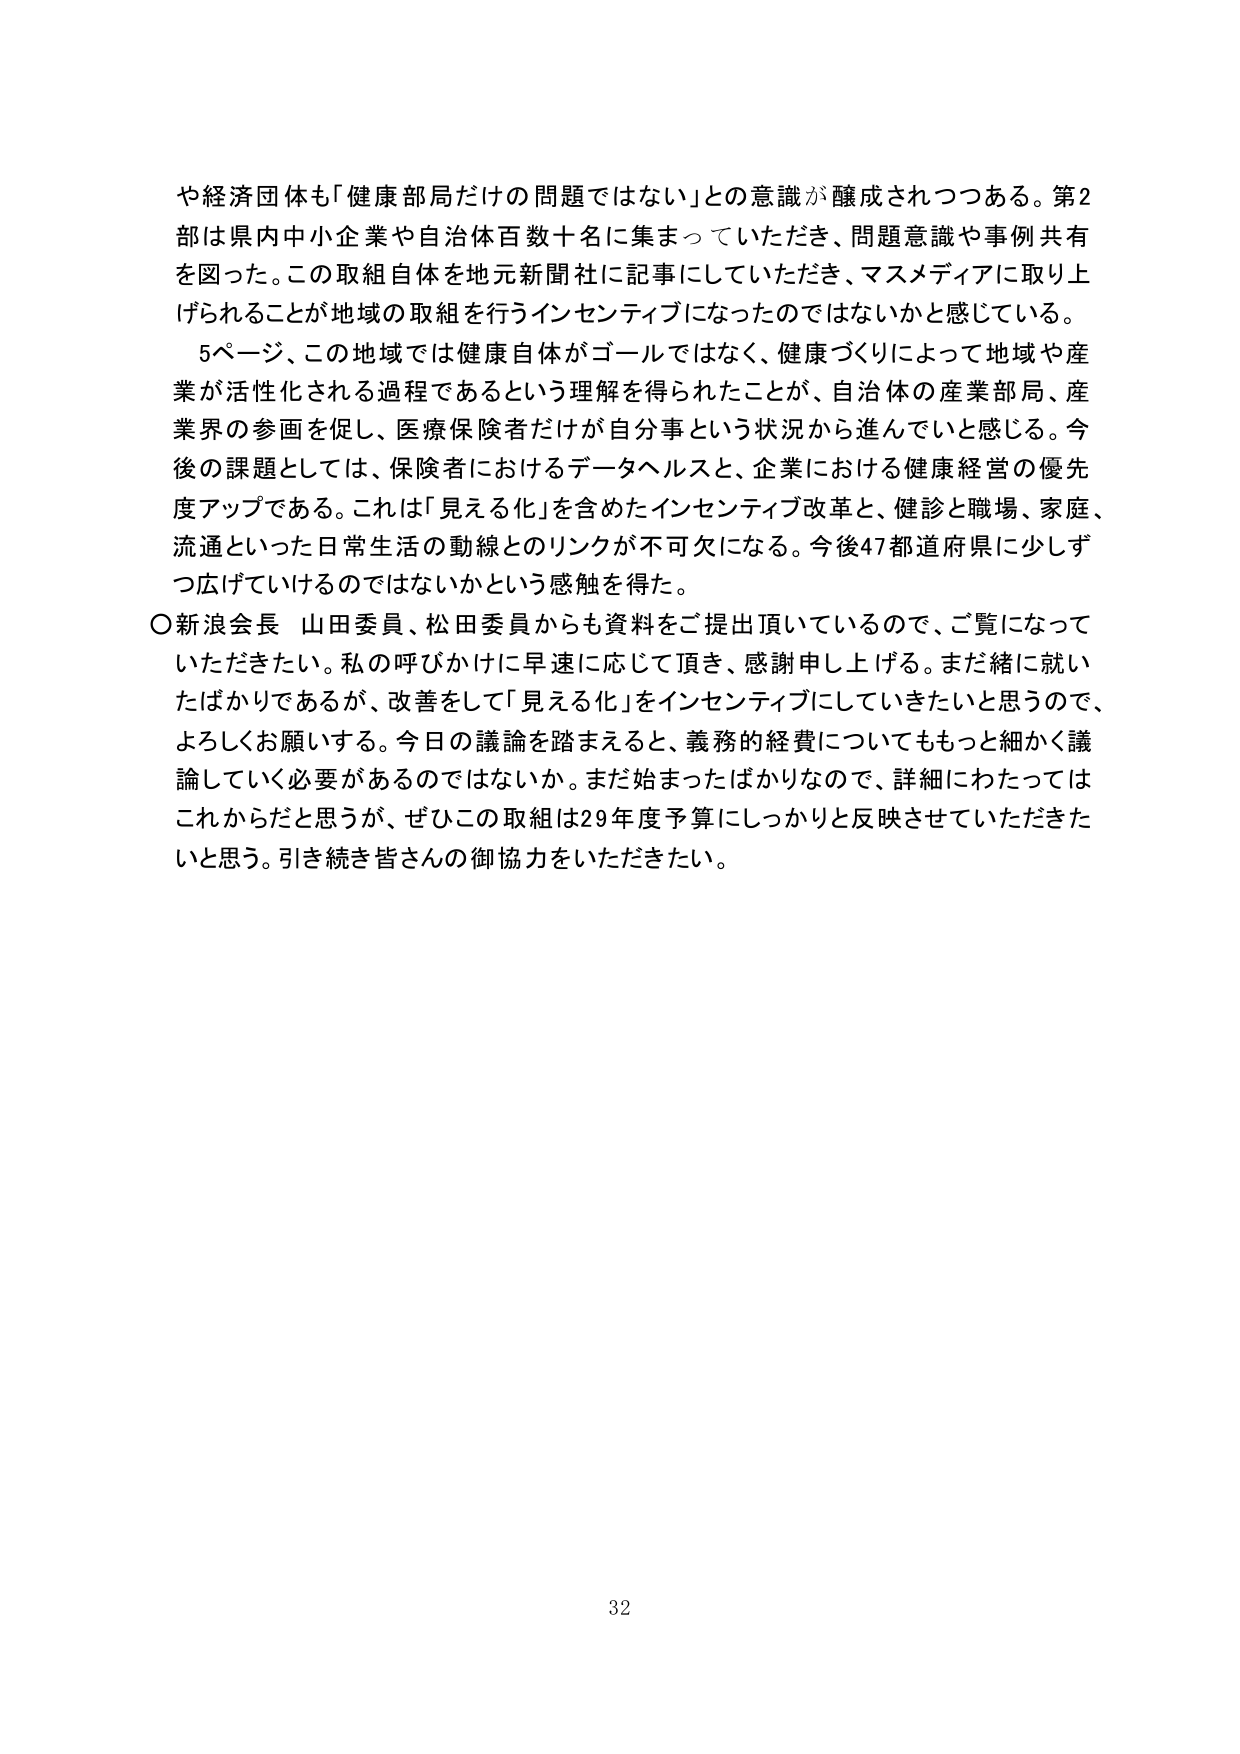
や経済団体も「健康部局だけの問題ではない」との意識が醸成されつつある。第2部は県内中小企業や自治体百数十名に集まっていただき、問題意識や事例共有を図った。この取組自体を地元新聞社に記事にしていただき、マスメディアに取り上げられることが地域の取組を行うインセンティブになったのではないかと感じている。

5ページ、この地域では健康自体がゴールではなく、健康づくりによって地域や産業が活性化される過程であるという理解を得られたことが、自治体の産業部局、産業界の参画を促し、医療保険者だけが自分事という状況から進んでいと感じる。今後の課題としては、保険者におけるデータヘルスと、企業における健康経営の優先度アップである。これは「見える化」を含めたインセンティブ改革と、健診と職場、家庭、流通といった日常生活の動線とのリンクが不可欠になる。今後47都道府県に少しずつ広げていけるのではないかという感触を得た。

○新浪会長 山田委員、松田委員からも資料をご提出頂いているので、ご覧になっていただきたい。私の呼びかけに早速に応じて頂き、感謝申し上げる。まだ緒に就いたばかりであるが、改善をして「見える化」をインセンティブにしていきたいと思うので、よろしくお願いする。今日の議論を踏まえると、義務的経費についてももっと細かく議論していく必要があるのではないか。まだ始まったばかりなので、詳細にわたってはこれからだと思うが、ぜひこの取組は29年度予算にしっかりと反映させていただきたいと思う。引き続き皆さんの御協力をいただきたい。

32